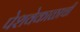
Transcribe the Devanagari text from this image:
पेशवेकाळाची